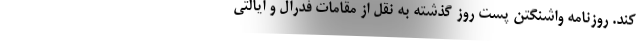
کند. روزنامه واشنگتن پست روز گذشته به نقل از مقامات فدرال و ایالتی